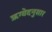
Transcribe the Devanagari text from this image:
ऋग्वेदनुसार